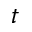
t